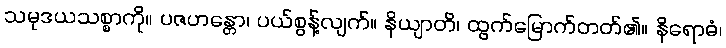
သမုဒယသစ္စာကို။ ပဇဟန္တော၊ ပယ်စွန့်လျက်။ နိယျာတိ၊ ထွက်မြောက်တတ်၏။ နိရောဓံ၊